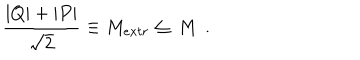
{ \frac { | Q | + | P | } { \sqrt 2 } } \equiv M _ { e x t r } \leq \, M \, \ .